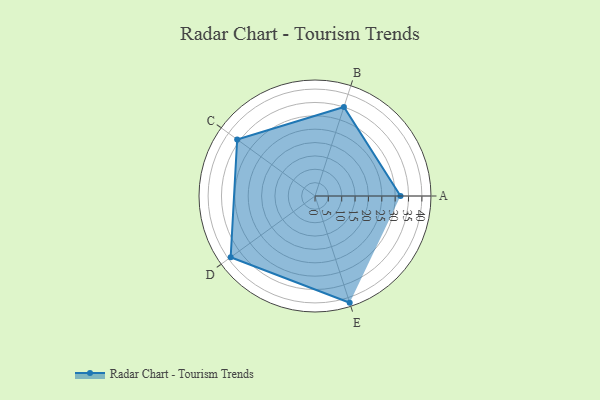
{"axis": {"x": "Skill", "y": "Score"}, "legend": ["Profile"], "data": [{"x": "A", "y": 32.0, "type": "Profile"}, {"x": "B", "y": 35.0, "type": "Profile"}, {"x": "C", "y": 36.0, "type": "Profile"}, {"x": "D", "y": 39.0, "type": "Profile"}, {"x": "E", "y": 42.0, "type": "Profile"}]}